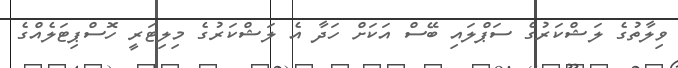
ވިލާތުގެ ލަޝްކަރުގެ ސަޕްލައި ބޭސް އަކަށް ހަދާ އެ ލަޝްކަރުގެ މިލިޓަރީ ހޮސްޕިޓަލެއްގެ